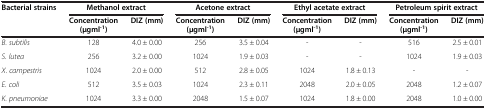
| Bacterial strains | <COLSPAN=2> Methanol extract | <COLSPAN=2> Acetone extract | <COLSPAN=2> Ethyl acetate extract | <COLSPAN=2> Petroleum spirit extract |
 |  | Concentration (μgml-1) | DIZ (mm) | Concentration (μgml-1) | DIZ (mm) | Concentration (μgml-1) | DIZ (mm) | Concentration (μgml-1) | DIZ (mm) |
 | --- | --- | --- | --- | --- | --- | --- | --- | --- |
 | B. subtilis | 128 | 4.0 ± 0.00 | 256 | 3.5 ± 0.04 | - | - | 516 | 2.5 ± 0.01 |
 | S. lutea | 256 | 3.2 ± 0.00 | 1024 | 1.9 ± 0.03 | - | - | 1024 | 1.9 ± 0.03 |
 | X. campestris | 1024 | 2.0 ± 0.00 | 512 | 2.8 ± 0.05 | 1024 | 1.8 ± 0.13 | - | - |
 | E. coli | 512 | 3.5 ± 0.03 | 1024 | 2.3 ± 0.11 | 2048 | 2.0 ± 0.05 | 2048 | 1.2 ± 0.07 |
 | K. pneumoniae | 1024 | 3.3 ± 0.00 | 2048 | 1.5 ± 0.07 | 1024 | 1.8 ± 0.00 | 2048 | 1.0 ± 0.00 |